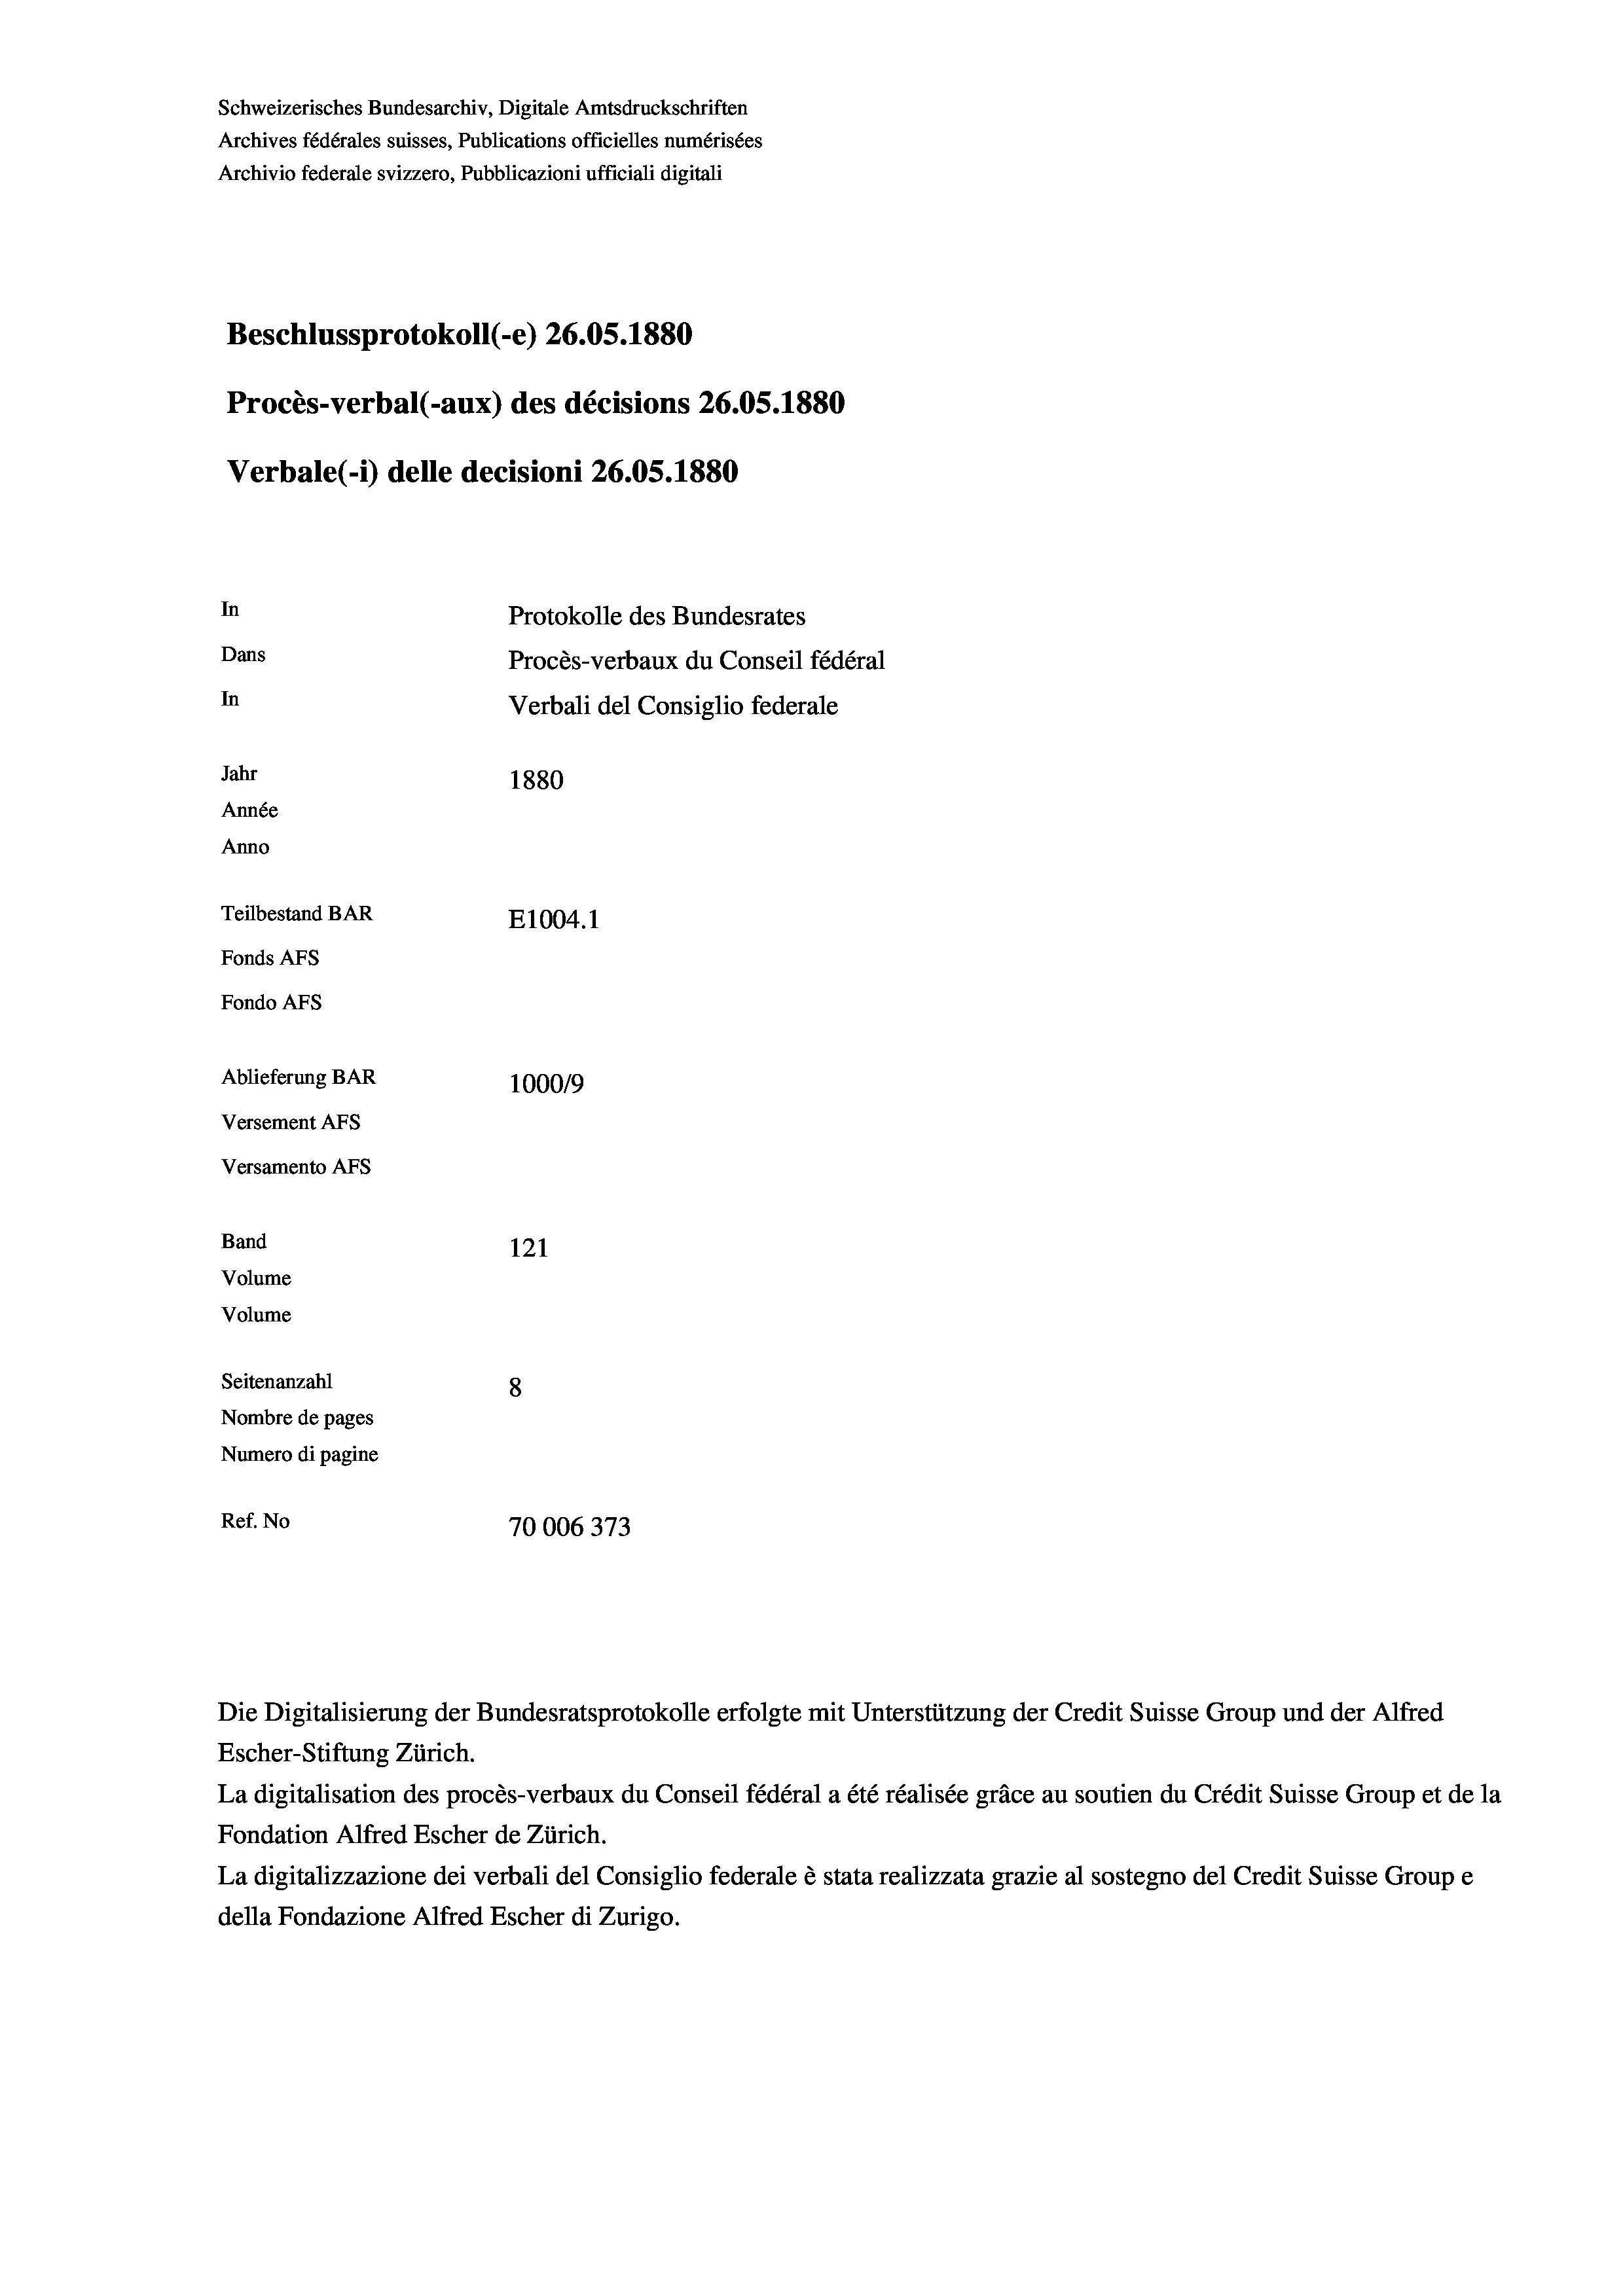
Schweizerisches Bundesarchiv, Digitale Amtsdruckschriften
Archives fédérales suisses, Publications officielles numérisées
Archivio federale svizzero, Pubblicazioni ufficiali digitali
Beschlussprotokoll (-e) 26.05. 1880
Procès-verbal (-aux) des décisions 26.05.1880
Verbale (1) delle decisioni 26.05. 1880
In
Protokolle des Bundesrates
Dans
Procès-verbaux du Conseil fédéral
In
Verbali del Consiglio federale
Jahr
1880
Année
Anno
Teilbestand BAR
E1004. 1
Fonds Afs
Fondo AFs
Ablieferung BAR
100019
Versement Abs
Versamento AFs
Band
121
Volume
Volume
Seitenanzahl
8
Nombre de pages
Numero di pagine
Ref. No
70006373

Die Digitalisierung der Bundesratsprotokolle erfolgte mit Unterstützung der Credit Suisse Group und der Alfred
Escher-Stiftung Zürich.
La digitalisation des procès-verbaux du Conseil fédéral a été réalisée gräce au soutien du Crédit Suisse Group et de la
Fondation Alfred Escher de Zürich.
La digitalizzazione dei verbali del Consiglio federale è stata realizzata grazie al sostegno del Credit Suisse Groupe
della Fondazione Alfred Escher di Zurigo.